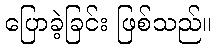
ပြောခဲ့ခြင်း ဖြစ်သည်။